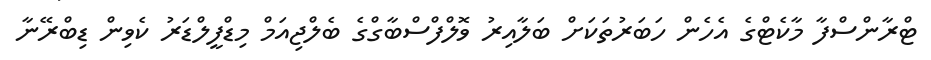
ޓްރާންސްފާ މާކެޓްގެ އެހެން ހަބަރުތަކަށް ބަލާއިރު ވޮލްފްސްބާގްގެ ބެލްޖިއަމް މިޑްފީލްޑަރު ކެވިން ޑިބްރޭނާ